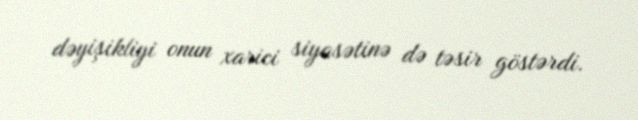
dəyişikliyi onun xarici siyasətinə də təsir göstərdi.